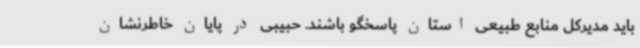
باید مدیرکل منابع طبیعی استان پاسخگو باشند. حبیبی در پایان خاطرنشان